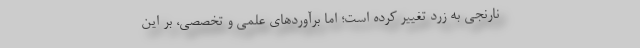
نارنجی به زرد تغییر کرده است؛ اما برآورد‌های علمی و تخصصی، بر این